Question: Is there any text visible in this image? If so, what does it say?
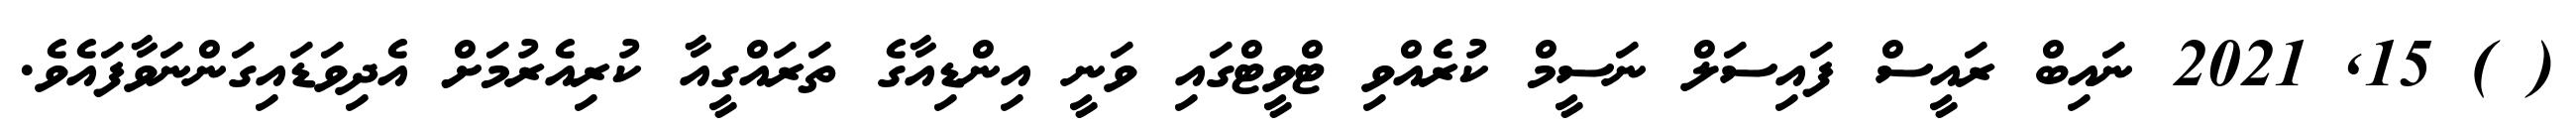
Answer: ( ) 15, 2021 ނައިބް ރައީސް ފައިސަލް ނަސީމް ކުރެއްވި ޓްވީޓްގައި ވަނީ އިންޑިއާގެ ތަރައްގީއާ ކުރިއެރުމަށް އެދިވަޑައިގަންނަވާފައެވެ.